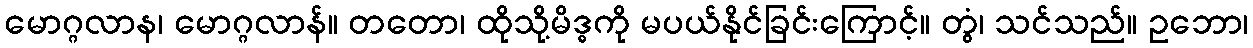
မောဂ္ဂလာန၊ မောဂ္ဂလာန်။ တတော၊ ထိုသို့မိဒ္ဓကို မပယ်နိုင်ခြင်းကြောင့်။ တွံ၊ သင်သည်။ ဥဘော၊